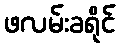
ဖလမ်းခရိုင်